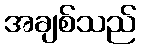
အချစ်သည်